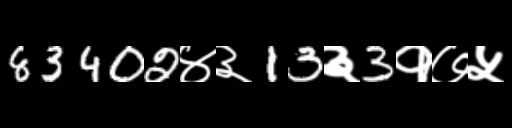
Text: 83402४३13३3१७५